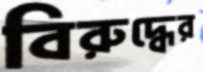
বিরুদ্ধের